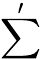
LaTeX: \sum^{\prime}